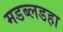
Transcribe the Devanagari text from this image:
मडब्लडहा